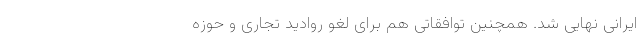
ایرانی نهایی شد. همچنین توافقاتی هم برای لغو روادید تجاری و حوزه